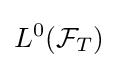
L^{0}({\mathcal {F}}_{T})